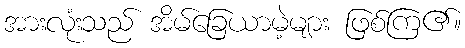
အားလုံးသည် အိမ်ခြေယာမဲ့များ ဖြစ်ကြ၏။